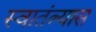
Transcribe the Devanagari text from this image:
स्वातंत्र्यास